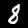
Label: 8